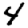
Digit: 4